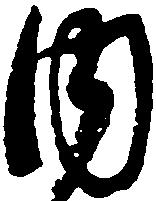
内